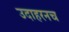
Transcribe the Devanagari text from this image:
उदाहरनच